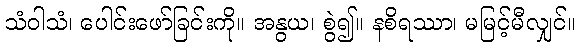
သံဝါသံ၊ ပေါင်းဖော်ခြင်းကို။ အနွယ၊ စွဲ၍။ နစိရဿာ၊ မမြင့်မီလျှင်။